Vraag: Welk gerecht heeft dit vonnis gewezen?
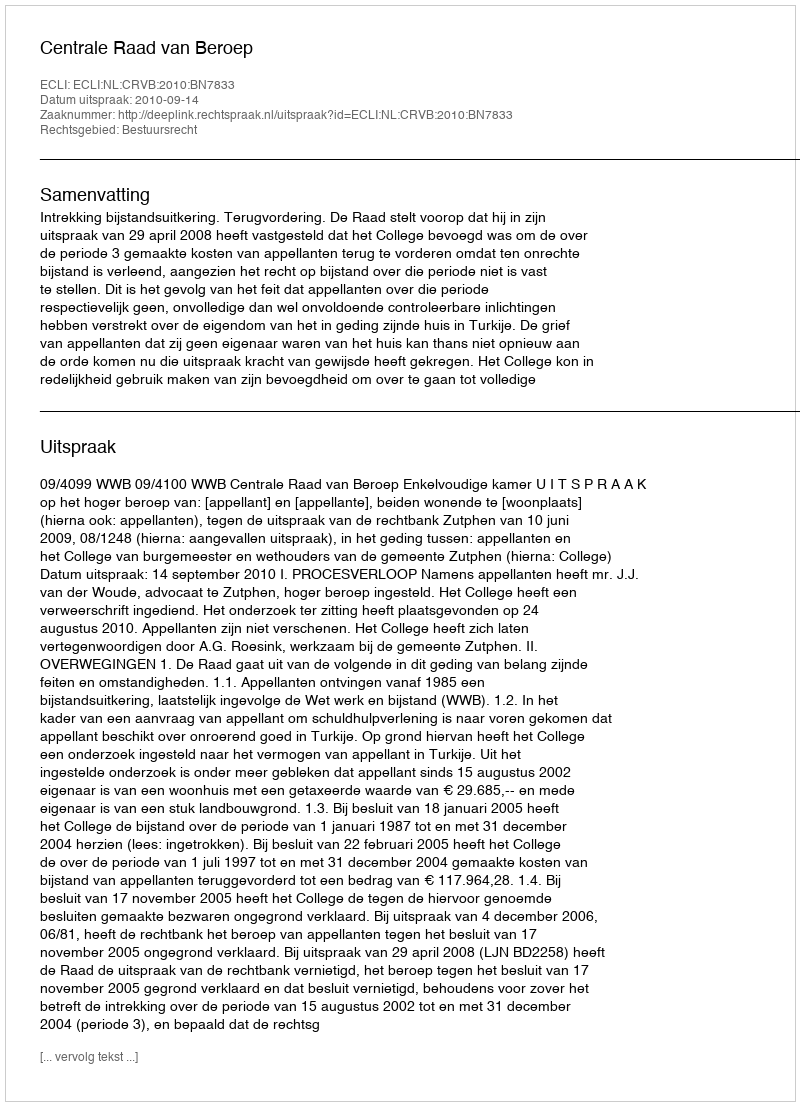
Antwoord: Centrale Raad van Beroep